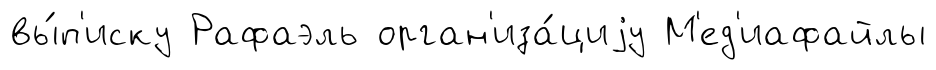
вы́п'иску Рафаэль орган'иза́циjу М'ед'иафайлы